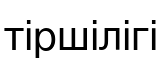
тіршілігі